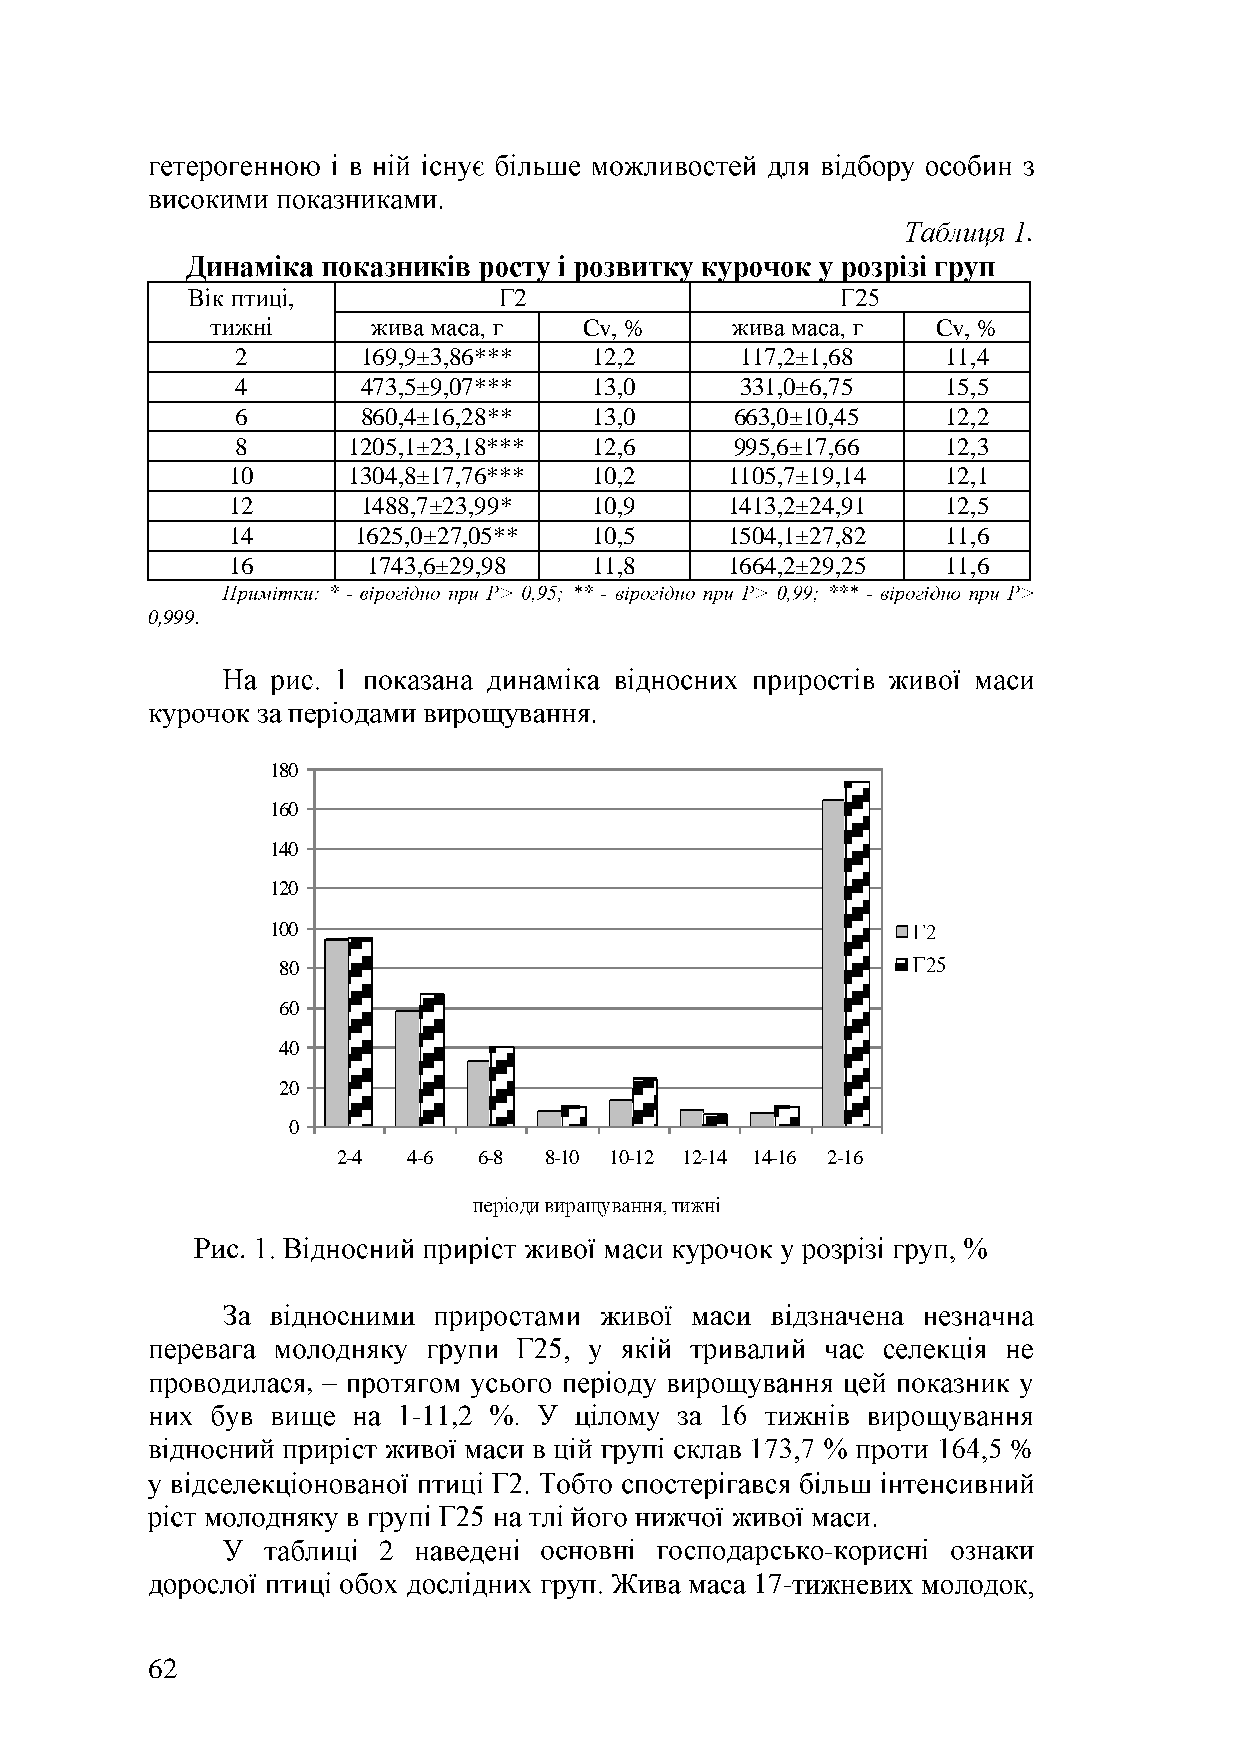
.
 ,
 Cv, %                  Cv, %
 2       169,9±3,86***  12,2      117,2±1,68    11,4
 4       473,5±9,07***  13,0      331,0±6,75    15,5
 6       860,4±16,28**  13,0      663,0±10,45   12,2
 8      1205,1±23,18*** 12,6      995,6±17,66   12,3
 10      1304,8±17,76*** 10,2     1105,7±19,14   12,1
 12       1488,7±23,99*  10,9     1413,2±24,91   12,5
 14      1625,0±27,05**  10,5     1504,1±27,82   11,6
 16       1743,6±29,98   11,8     1664,2±29,25   11,6
 -                -                -
 0,999.
 180
 160
 140
 120
 100
 80
 60
 40
 20
 0
 2-4  4-6  6-8 8-10 10-12 12-14 14-16 2-16
 .
 ,
 -11,2
 %
 2                             -
 17-
 62